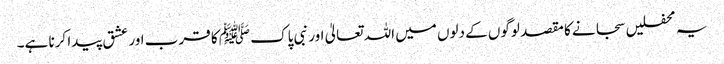
یہ محفلیں سجانے کا مقصد لوگوں کے دلوں میں اللہ تعالیٰ اور نبی پاک ﷺ کا قرب اور عشق پیدا کرنا ہے۔